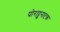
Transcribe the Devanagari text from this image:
पोराट्टुनाटक